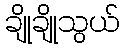
ချိုချိုသွယ်